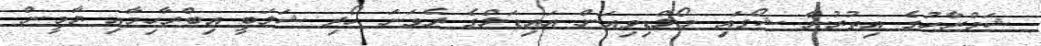
ޝަމްރާހުގެ އިތުރުން ޝޯގައި މޯލްޑިވިއަން އައިޑަލްގެ ދެވަނަ ހޯދި ޝަލަބީ އިބްރާހިމާއި ޔާމީން